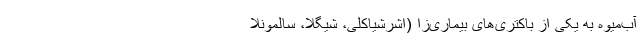
آب‌میوه به یکی از باکتری‌های بیماری‌زا (اشرشیاکلی، شیگلا، سالمونلا